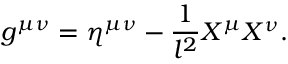
g ^ { \mu \nu } = \eta ^ { \mu \nu } - \frac { 1 } { l ^ { 2 } } X ^ { \mu } X ^ { \nu } .